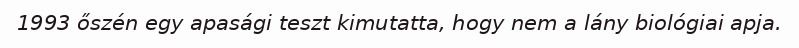
1993 őszén egy apasági teszt kimutatta, hogy nem a lány biológiai apja.